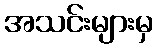
အသင်းများမှ